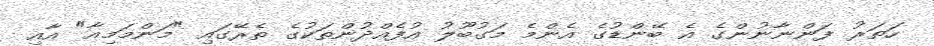
ހަތަރު ފަންނާނުންގެ އެ ބޭންޑުގެ އެންމެ މަގުބޫލު އުފެއްދުންތަކުގެ ތެރޭގައި "މަންމަމިއާ" އާއި